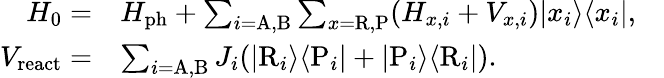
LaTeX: \begin{array}{rlr}{H_{0}=}&{H_{\mathrm{ph}}+\sum_{i=\mathrm{A},\mathrm{B}}\sum_{x=\mathrm{R},\mathrm{P}}(H_{x,i}+V_{x,i})|x_{i}\rangle\langle x_{i}|,}&\\ {V_{\mathrm{react}}=}&{\sum_{i=\mathrm{A,B}}J_{i}(|\mathrm{R}_{i}\rangle\langle\mathrm{P}_{i}|+|\mathrm{P}_{i}\rangle\langle\mathrm{R}_{i}|).}&\end{array}